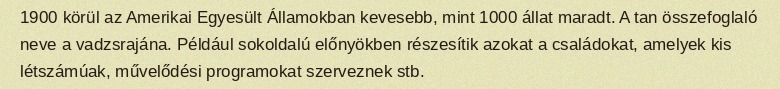
1900 körül az Amerikai Egyesült Államokban kevesebb, mint 1000 állat maradt. A tan összefoglaló neve a vadzsrajána. Például sokoldalú előnyökben részesítik azokat a családokat, amelyek kis létszámúak, művelődési programokat szerveznek stb.